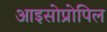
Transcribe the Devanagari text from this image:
आइसोप्रोपिल